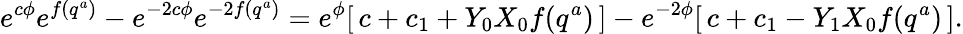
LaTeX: e^{c\phi}e^{f(q^{a})}-e^{-2c\phi}e^{-2f(q^{a})}=e^{\phi}[\, c+c_{1}+Y_{0}X_{0}f(q^{a})\, ]-e^{-2\phi}[\, c+c_{1}-Y_{1}X_{0}f(q^{a})\, ].